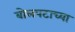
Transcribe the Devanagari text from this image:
बोलपटाच्या